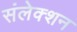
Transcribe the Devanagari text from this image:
संलेक्शन